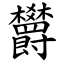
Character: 欝